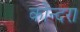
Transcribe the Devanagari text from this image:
कोन्दरा